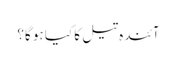
آئندہ تیل کا کیا ہو گا؟